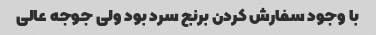
با وجود سفارش کردن برنج سرد بود ولی جوجه عالی